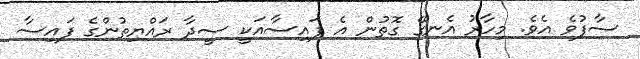
ސާފުވެ އެވެ. މިހާރު އެނގޭ ގޮތުން އެ ފައިސާއަކީ ސީދާ ރައްޔިތުންގެ ފައިސާ